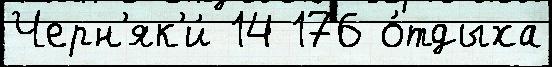
Черн'як'и́ 14 176 о́тдыха